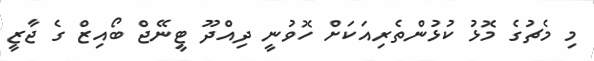
މި މެޗުގެ މޮޅު ކުޅުންތެރިއަކަށް ހޮވުނީ ދިއްދޫ ޓީނޭޖް ބޯއިޒް ގެ ޖާޒީ